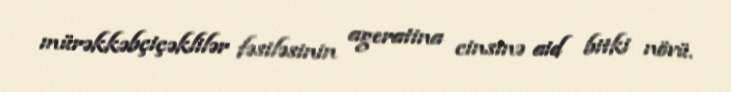
mürəkkəbçiçəklilər fəsiləsinin ageratina cinsinə aid bitki növü.